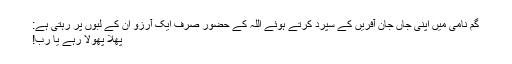
گم نامی میں اپنی جاں جانِ آفریں کے سپرد کرتے ہوئے اللہ کے حضور صرف ایک آرزو ان کے لبوں پر رہتی ہے:
پھلا پھولا رہے یا رب!